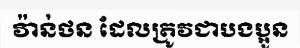
វ៉ាន់ថន ដែលត្រូវជាបងប្អូន